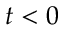
t < 0